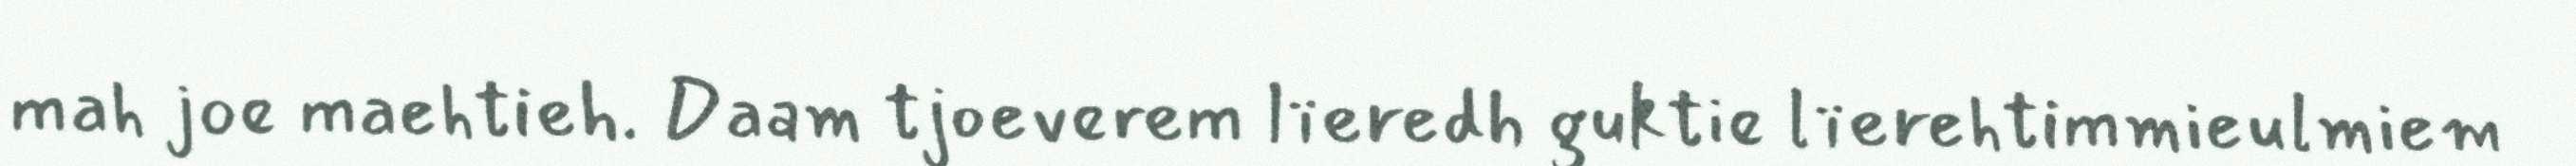
mah joe maehtieh. Daam tjoeverem lïeredh guktie lïerehtimmieulmiem